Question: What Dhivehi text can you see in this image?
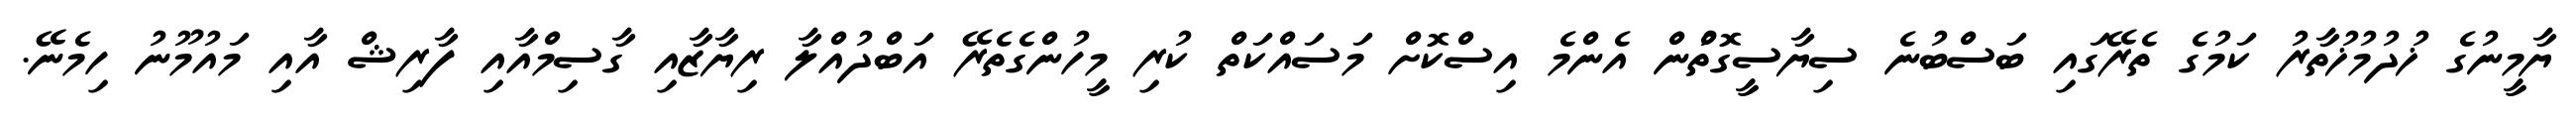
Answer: ޔާމީނުގެ ޚުދުމުޚުތާރު ކަމުގެ ތެރޭގައި ބަސްބުނެ ސިޔާސީގޮތުްން އެންމެ އިސްކޮށް މަސައްކަތް ކުރި މީހުންގެތެރޭ އަބްދުއްލާ ރިޔާޒާއި ގާސިމްއާއި ފާރިޝް އާއި މައުމޫނު ހިމެނޭ.